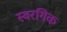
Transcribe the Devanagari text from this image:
स्वरगिक